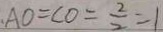
、 A O = C O = \frac { 2 } { 2 } = 1